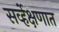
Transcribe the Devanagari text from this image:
सर्व्हेक्षणात